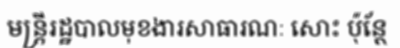
មន្ត្រីរដ្ឋបាលមុខងារសាធារណៈ សោះ ប៉ុន្តែ